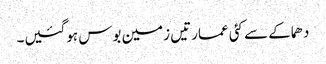
دھماکے سے کئی عمارتیں زمین بوس ہوگئیں۔